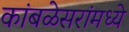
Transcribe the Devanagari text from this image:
कांबळेसरांमध्ये